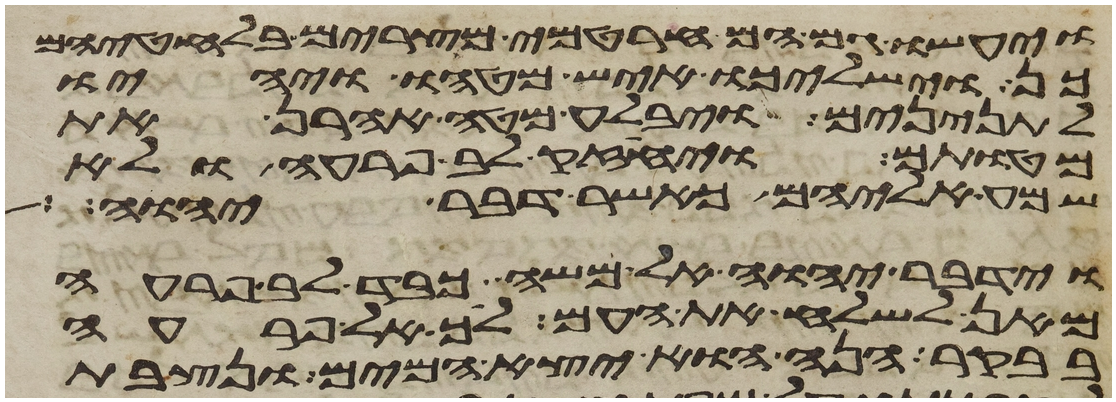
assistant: ויעשו גם הם חרטמי מצרים בלחטיהם
כן וישלכו איש מטהו ויהיו
לתנינים ויבלע מטה אהרן את
מטותם ויחזק לב פרעה ולא
שמע אליהם כאשר דבר יהוה
וידבר יהוה אל משה כבד לב פרעה
מאן לשלח את העם לך אל פרעה
בבקר הנה הוא יצא המים ונצבת